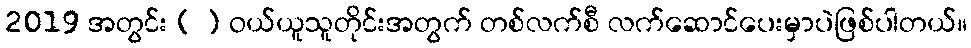
2019 အတွင်း ( ) ဝယ်ယူသူတိုင်းအတွက် တစ်လက်စီ လက်ဆောင်ပေးမှာပဲဖြစ်ပါတယ်။